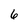
Character: 6